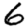
Digit: 6